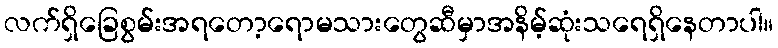
လက်ရှိခြေစွမ်းအရတော့ရောမသားတွေဆီမှာအနိမ့်ဆုံးသရေရှိနေတာပါ။